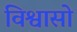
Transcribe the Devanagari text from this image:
विश्वासो